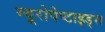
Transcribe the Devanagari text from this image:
म्यूरोपेप्टाइड्स